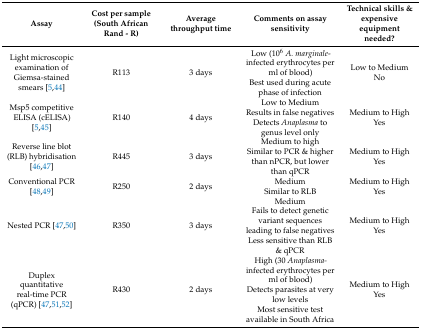
<table><thead><tr><td><b>Assay</b></td><td><b>Cost per sample (South African Rand - R)</b></td><td><b>Average throughput time</b></td><td><b>Comments on assay sensitivity</b></td><td><b>Technical skills &amp; expensive equipment needed?</b></td></tr></thead><tbody><tr><td>Light microscopic examination of Giemsa-stained smears [5,44]</td><td>R113</td><td>3 days</td><td>Low (10<sup>6</sup><i>A. marginale</i>- infected erythrocytes per ml of blood)Best used during acute phase of infection</td><td>Low to MediumNo</td></tr><tr><td>Msp5 competitive ELISA (cELISA) [5,45]</td><td>R140</td><td>4 days</td><td>Low to MediumResults in false negativesDetects <i>Anaplasma</i> to genus level only</td><td>Medium to HighYes</td></tr><tr><td>Reverse line blot (RLB) hybridisation [46,47]</td><td>R445</td><td>3 days</td><td>Medium to highSimilar to PCR &amp; higher than nPCR, but lower than qPCR</td><td>Medium to HighYes</td></tr><tr><td>Conventional PCR [48,49]</td><td>R250</td><td>2 days</td><td>MediumSimilar to RLB</td><td>Medium to HighYes</td></tr><tr><td>Nested PCR [47,50]</td><td>R350</td><td>3 days</td><td>MediumFails to detect genetic variant sequences leading to false negativesLess sensitive than RLB &amp; qPCR</td><td>Medium to HighYes</td></tr><tr><td>Duplex quantitative real-time PCR (qPCR) [47,51,52]</td><td>R430</td><td>2 days</td><td>High (30 <i>Anaplasma-</i> infected erythrocytes per ml of blood)Detects parasites at very low levelsMost sensitive test available in South Africa</td><td>Medium to HighYes</td></tr></tbody></table>